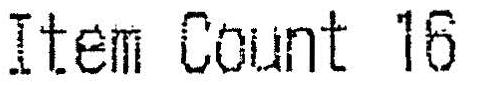
ITEM COUNT 16